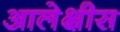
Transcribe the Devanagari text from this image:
आलेक्षीस